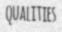
QUALITIES